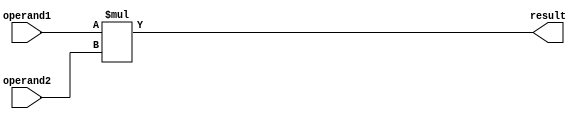
module unsigned_multiplier (
    input [7:0] operand1,
    input [7:0] operand2,
    output reg [15:0] result
);

reg [15:0] multiply_result;
reg [7:0] mult_result_low;
reg [7:0] mult_result_high;
reg [1:0] carry;
reg overflow;

initial begin
    multiply_result = 16'd0;
    mult_result_low = 8'd0;
    mult_result_high = 8'd0;
    carry = 2'd0;
    overflow = 0;
end

always @(*) begin
    multiply_result = operand1 * operand2;
    mult_result_low = multiply_result[7:0];
    mult_result_high = multiply_result[15:8];

    if(multiply_result[15] == 1) begin
        overflow = 1;
    end
end

assign result = multiply_result;

endmodule